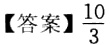
【答案】\(\frac{10}{3}\)